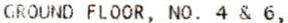
GROUND FLOOR, NO. 4 & 6,